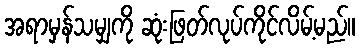
အရာမှန်သမျှကို ဆုံးဖြတ်လုပ်ကိုင်လိမ့်မည်။